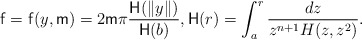
\begin{align*}\mathsf{f} = \mathsf{f}(y, \mathsf{m}) = 2 \mathsf{m}\pi \frac{\mathsf{H}(\|y\|)}{\mathsf{H}(b)} , \mathsf{H}(r) = \int_a^r \frac{dz}{z^{n+1}H(z,z^2)} .\end{align*}